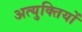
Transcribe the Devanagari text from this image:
अत्युक्तियों